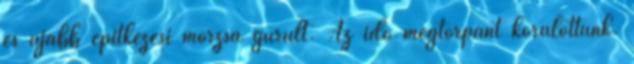
és újabb építkezési morzsa gurult. Az idő megtorpant körülöttünk.